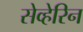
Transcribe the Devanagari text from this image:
सेव्हेरिन